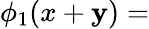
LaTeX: \phi_{1}(x+\mathbf{y})=